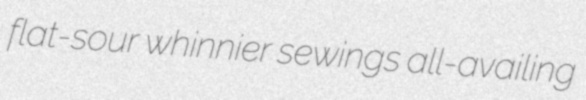
flat-sour whinnier sewings all-availing